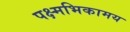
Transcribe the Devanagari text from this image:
पक्ष्मभिकामय